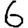
Digit: 6